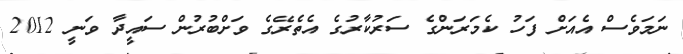
ނަމަވެސް އެއަށް ފަހު ކެމަރަންގެ ސަރުކާރުގެ އެތެރޭގެ ވަށްބުރުން ސައީދާ ވަނީ 2012